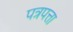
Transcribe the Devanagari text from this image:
पत्रपत्ता